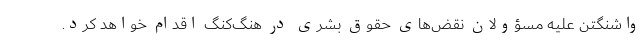
واشنگتن علیه مسؤولان نقض‌های حقوق بشری در هنگ‌کنگ اقدام خواهد کرد.